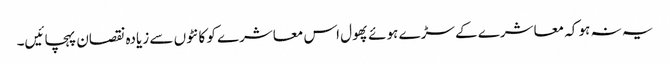
یہ نہ ہو کہ معاشرے کے سڑے ہوئے پھول اس معاشرے کو کانٹوں سے زیادہ نقصان پہچائیں۔